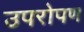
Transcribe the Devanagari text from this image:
उपरोपण